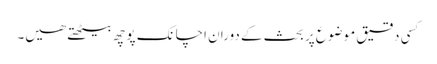
کسی دقیق موضوع پر بحث کے دوران اچانک پوچھ بیٹھتے ھیں۔